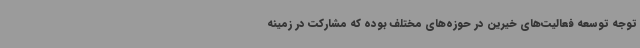
توجه توسعه فعالیت‌های خیرین در حوزه‌های مختلف بوده که مشارکت در زمینه